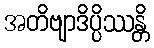
အတိဗျာဒိပ္ပိဿန္တိ